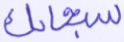
سبحانك